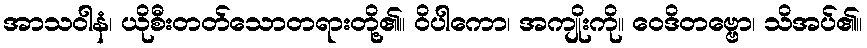
အာသဝါနံ၊ ယိုစီးတတ်သောတရားတို့၏။ ဝိပါကော၊ အကျိုးကို။ ဝေဒိတဗ္ဗော၊ သိအပ်၏။